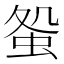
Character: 𧊃